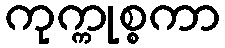
ကုက္ကုစ္စကာ